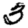
Digit: 3